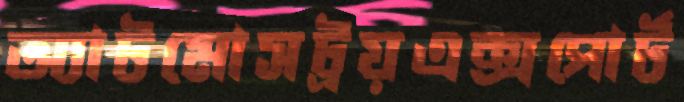
অ্যাটমোসট্রয়এক্সপোর্ট